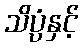
သိပ္ပံနှင့်